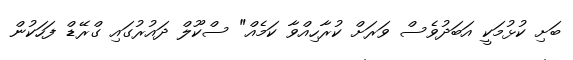
ބަށި ކުޅުމަކީ އަބަދުވެސް ވަރަށް ކުރާހިއްވާ ކަމެއް" ސްކޫލް ދައުރުގައި ގްރޭޑް ފަހަކުން